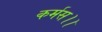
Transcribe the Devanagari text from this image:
कर्मस।।